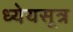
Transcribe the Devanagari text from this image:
ध्येयसूत्र